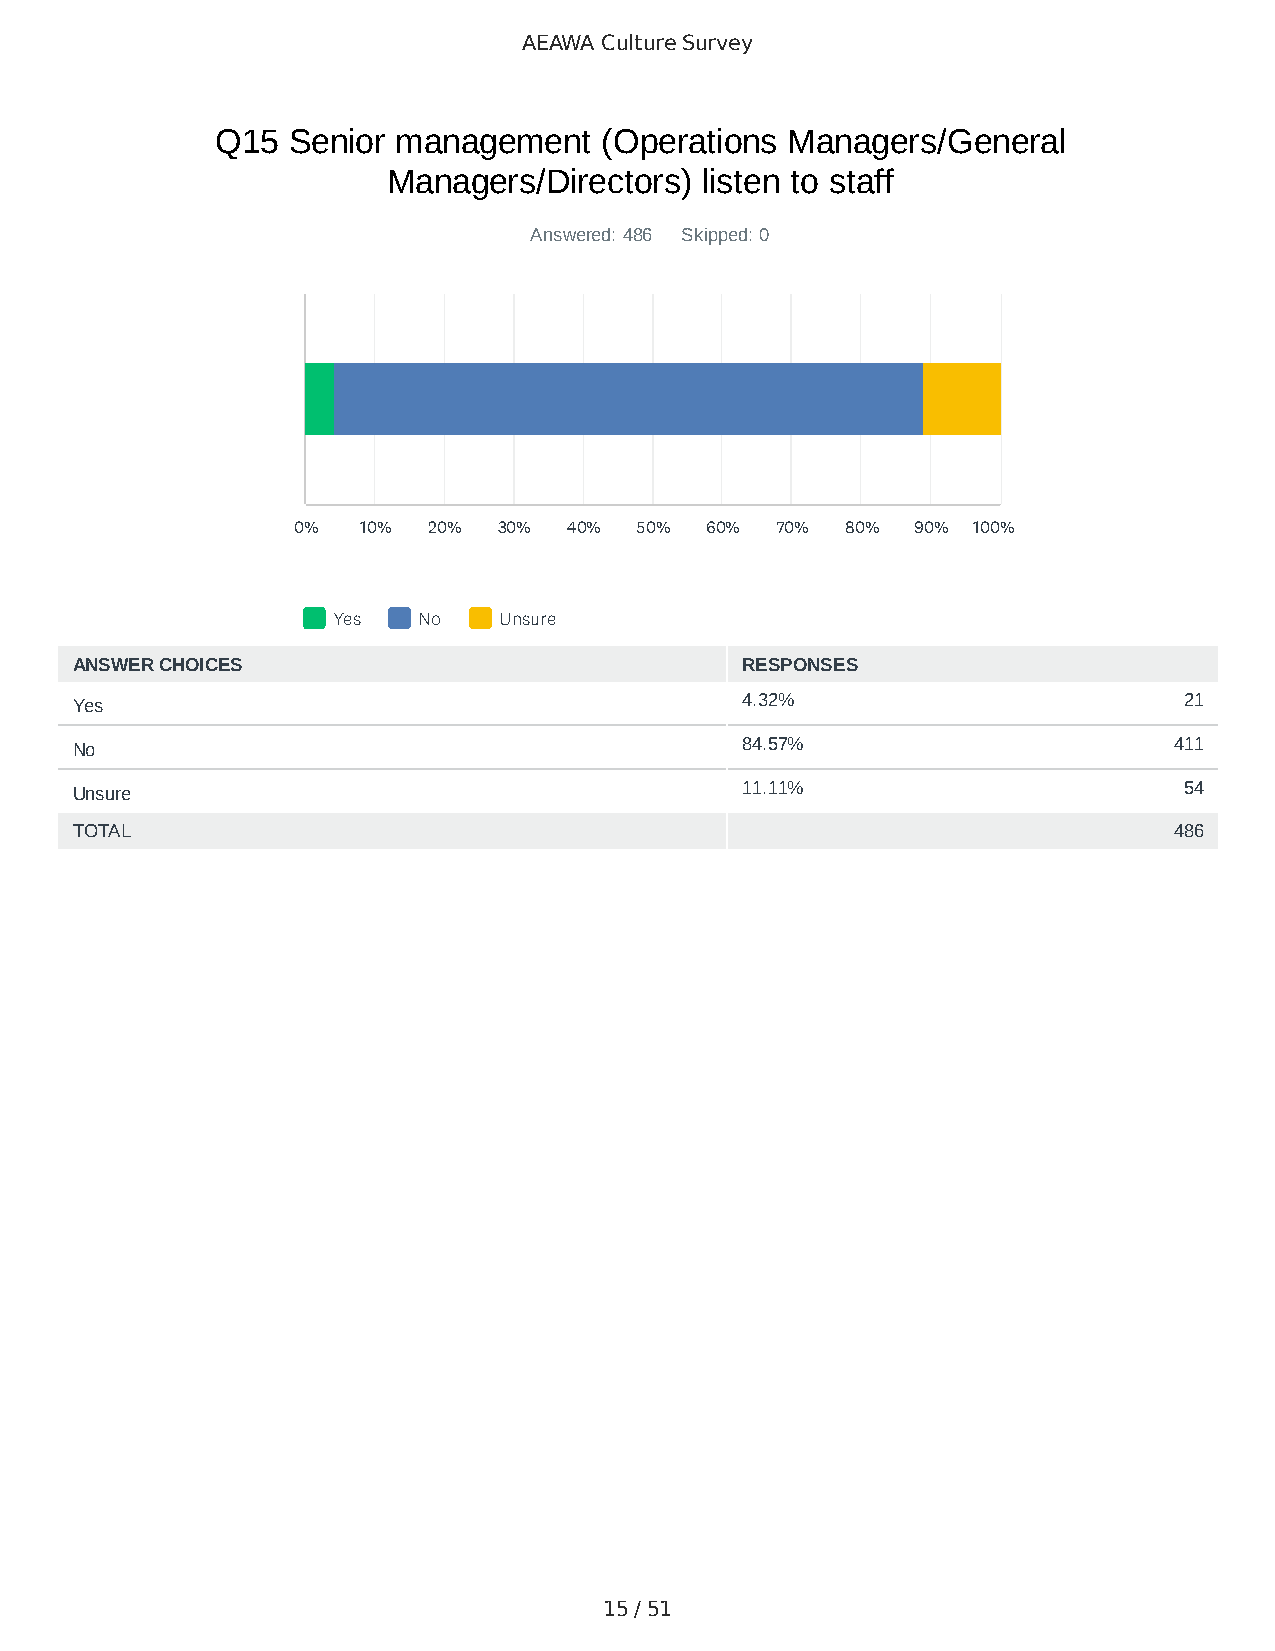
AEAWA Culture Survey
 Q15  Senior management    (Operations Managers/General
 Managers/Directors) listen to staff
 Answered: 486 Skipped: 0
 0%   10% 20%  30%  40% 50%  60% 70%  80%  90% 100%
 Yes   No   Unsure
 ANSWER CHOICES                              RESPONSES
 Yes                                         4.32%                        21
 No                                          84.57%                       411
 Unsure                                      11.11%                       54
 TOTAL                                                                    486
 15 / 51